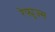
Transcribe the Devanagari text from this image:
रेफ्युज्स